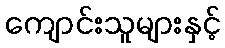
ကျောင်းသူများနှင့်